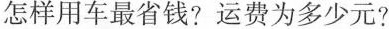
怎样用车最省钱?运费为多少元?